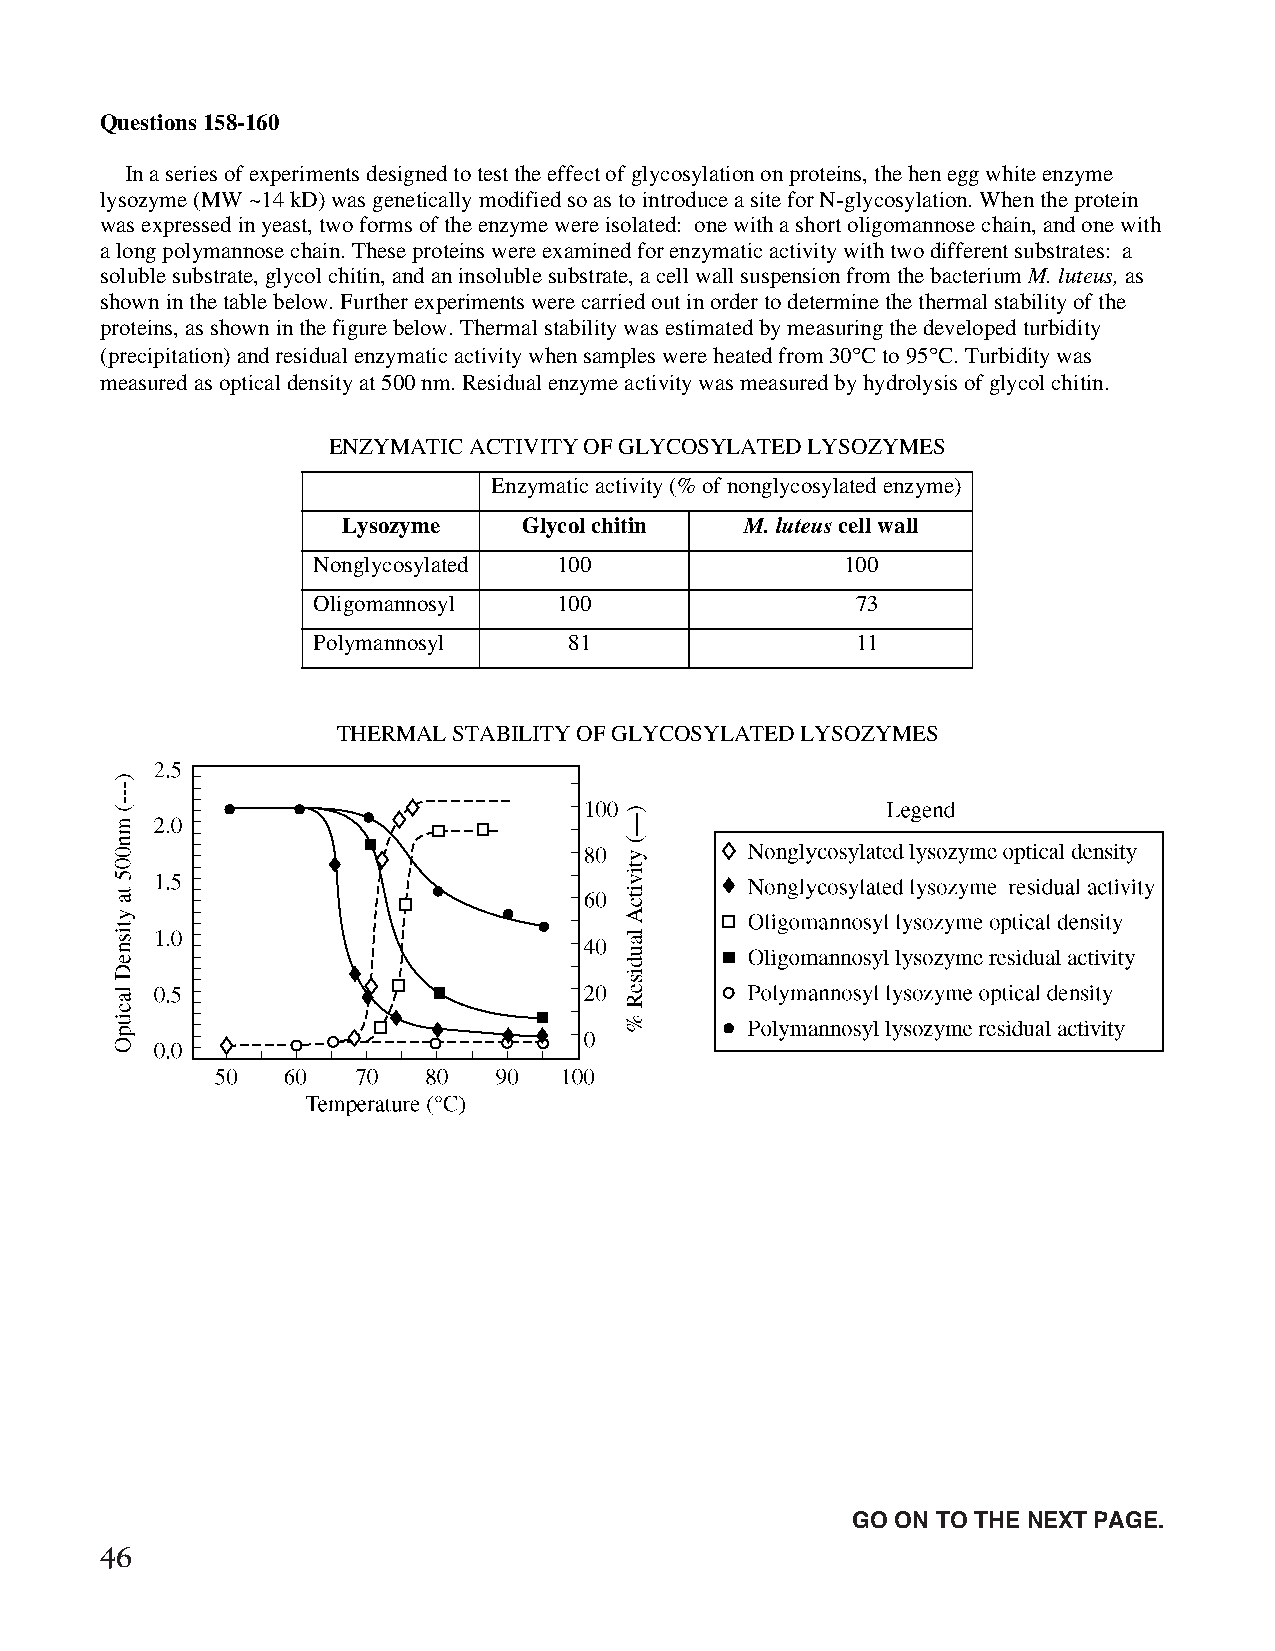
Questions 158-160
 In a series of experiments designed to test the effect of glycosylation on proteins, the hen egg white enzyme
 lysozyme (MW ~14 kD) was genetically modified so as to introduce a site for N-glycosylation. When the protein
 was expressed in yeast, two forms of the enzyme were isolated: one with a short oligomannose chain, and one with
 a long polymannose chain. These proteins were examined for enzymatic activity with two different substrates: a
 soluble substrate, glycol chitin, and an insoluble substrate, a cell wall suspension from the bacterium M. luteus, as
 shown in the table below. Further experiments were carried out in order to determine the thermal stability of the
 proteins, as shown in the figure below. Thermal stability was estimated by measuring the developed turbidity
 (precipitation) and residual enzymatic activity when samples were heated from 30∞C to 95∞C. Turbidity was
 measured as optical density at 500 nm. Residual enzyme activity was measured by hydrolysis of glycol chitin.
 ENZYMATIC ACTIVITY OF GLYCOSYLATED LYSOZYMES
 Enzymatic activity (% of nonglycosylated enzyme)
 Lysozyme    Glycol chitin M. luteus cell wall
 Nonglycosylated 100                100
 Oligomannosyl   100                 73
 Polymannosyl     81                 11
 THERMAL STABILITY OF GLYCOSYLATED LYSOZYMES
 Unauthorized copying or reuse of
 any part of this page is illegal.               GO ON TO THE NEXT PAGE.
 46
 GO ON TO THE NEXT PAGE.
 -38-
 007884-72507 GRE Biochemistry Test Practise Book • Dr01 4/17/08 ta • Dr02 5/7/08 ta • Dr03 5/20/08 ta • [NEW 108353] • CS6 • Dr01 5/1/15 jw • [New
 Job] 007884-113203 Drft01 3/22/16 ew